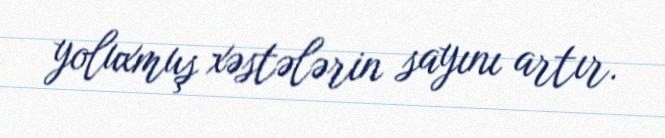
yoluxmuş xəstələrin sayını artır.